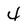
Character: 4